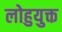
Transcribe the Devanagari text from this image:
लोहुयुक्त